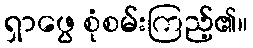
ရှာဖွေ စုံစမ်းကြည့်၏။